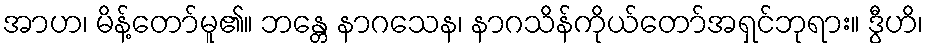
အာဟ၊ မိန့်တော်မူ၏။ ဘန္တေ နာဂသေန၊ နာဂသိန်ကိုယ်တော်အရှင်ဘုရား။ ဒွီဟိ၊